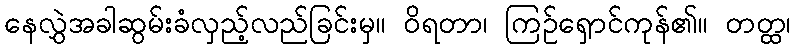
နေလွှဲအခါဆွမ်းခံလှည့်လည်ခြင်းမှ။ ဝိရတာ၊ ကြဉ်ရှောင်ကုန်၏။ တတ္ထ၊